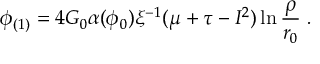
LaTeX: \phi _ { ( 1 ) } = 4 G _ { 0 } \alpha ( \phi _ { 0 } ) \xi ^ { - 1 } ( \mu + \tau - I ^ { 2 } ) \ln \frac { \rho } { r _ { 0 } } \; .